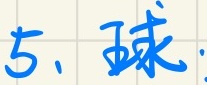
5、球：